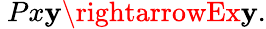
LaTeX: \ Px\mathbf{y}\rightarrowEx\mathbf{y}.